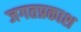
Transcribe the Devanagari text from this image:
जगतप्रकाश